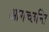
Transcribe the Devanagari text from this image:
आगच्छन्ति